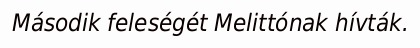
Második feleségét Melittónak hívták.